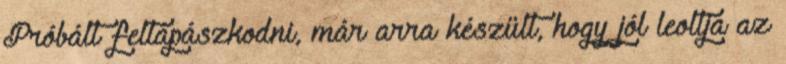
Próbált feltápászkodni, már arra készült, hogy jól leoltja az